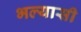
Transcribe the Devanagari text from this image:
भल्यासी